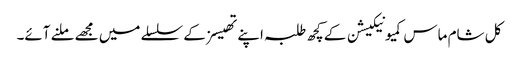
کل شام ماس کمیونیکیشن کے کچھ طلبہ اپنے تھیسز کے سلسلے میں مجھے ملنے آئے۔